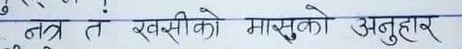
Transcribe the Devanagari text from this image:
नत्र त खक्सीको मासुको अनुहार